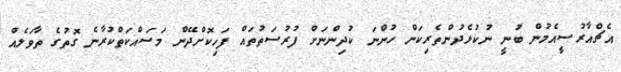
އެޗްއާރުސީއެމުން ބުނީ ނުކުޅެދުންތެރިކަން ހުންނަ ކުދިންނަށް ފުރުސަތުތައް ފަހިކޮށްދޭން މަސައްކަތްކުރާނެ ގޮތުގެ ތާވަލެއް